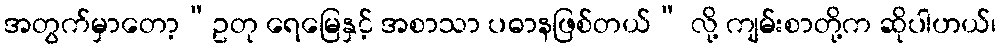
အတွက်မှာတော့“ဥတု ရေမြေနှင့် အစာသာ ပဓာနဖြစ်တယ်” လို့ ကျမ်းစာတို့က ဆိုပါဟယ်၊